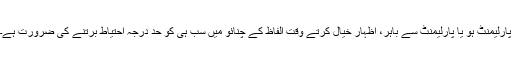
پارلیمنٹ ہو یا پارلیمنٹ سے باہر، اظہارِ خیال کرتے وقت الفاظ کے چنائو میں سب ہی کو حد درجہ احتیاط برتنے کی ضرورت ہے۔